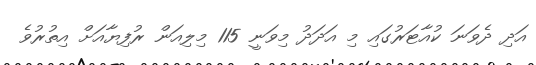
އަދި ދެވަނަ ކުއާޓަރުގައި މި އަދަދު މިވަނީ 115 މިލިއަން ރުފިޔާއަށް އިތުރުވެ